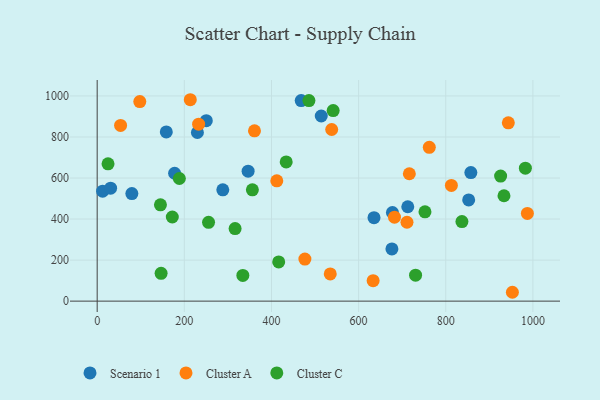
{"axis": {"x": "Engine Size", "y": "Salary"}, "legend": ["Cluster A", "Cluster C", "Scenario 1"], "data": [{"x": "346.4", "y": 633.5, "type": "Scenario 1"}, {"x": "250.4", "y": 879.4, "type": "Scenario 1"}, {"x": "79.6", "y": 524.2, "type": "Scenario 1"}, {"x": "857.6", "y": 626.4, "type": "Scenario 1"}, {"x": "12.5", "y": 536.0, "type": "Scenario 1"}, {"x": "677.6", "y": 432.1, "type": "Scenario 1"}, {"x": "177.7", "y": 623.2, "type": "Scenario 1"}, {"x": "230.0", "y": 821.9, "type": "Scenario 1"}, {"x": "514.3", "y": 902.4, "type": "Scenario 1"}, {"x": "676.4", "y": 254.7, "type": "Scenario 1"}, {"x": "852.6", "y": 493.1, "type": "Scenario 1"}, {"x": "635.3", "y": 406.9, "type": "Scenario 1"}, {"x": "712.8", "y": 460.1, "type": "Scenario 1"}, {"x": "30.8", "y": 550.7, "type": "Scenario 1"}, {"x": "158.6", "y": 824.8, "type": "Scenario 1"}, {"x": "468.2", "y": 977.6, "type": "Scenario 1"}, {"x": "288.3", "y": 542.3, "type": "Scenario 1"}, {"x": "476.7", "y": 205.2, "type": "Cluster A"}, {"x": "534.9", "y": 132.8, "type": "Cluster A"}, {"x": "716.4", "y": 620.8, "type": "Cluster A"}, {"x": "97.8", "y": 972.5, "type": "Cluster A"}, {"x": "762.2", "y": 749.8, "type": "Cluster A"}, {"x": "53.7", "y": 856.2, "type": "Cluster A"}, {"x": "812.9", "y": 563.9, "type": "Cluster A"}, {"x": "987.3", "y": 427.7, "type": "Cluster A"}, {"x": "361.0", "y": 830.1, "type": "Cluster A"}, {"x": "711.0", "y": 384.5, "type": "Cluster A"}, {"x": "952.9", "y": 43.2, "type": "Cluster A"}, {"x": "412.2", "y": 586.4, "type": "Cluster A"}, {"x": "213.7", "y": 981.6, "type": "Cluster A"}, {"x": "943.6", "y": 868.8, "type": "Cluster A"}, {"x": "538.2", "y": 836.6, "type": "Cluster A"}, {"x": "633.3", "y": 99.8, "type": "Cluster A"}, {"x": "682.3", "y": 409.2, "type": "Cluster A"}, {"x": "232.8", "y": 862.3, "type": "Cluster A"}, {"x": "255.6", "y": 384.0, "type": "Cluster C"}, {"x": "356.2", "y": 542.6, "type": "Cluster C"}, {"x": "752.3", "y": 435.1, "type": "Cluster C"}, {"x": "925.9", "y": 609.3, "type": "Cluster C"}, {"x": "730.7", "y": 126.6, "type": "Cluster C"}, {"x": "172.4", "y": 410.0, "type": "Cluster C"}, {"x": "982.7", "y": 648.1, "type": "Cluster C"}, {"x": "24.9", "y": 669.3, "type": "Cluster C"}, {"x": "334.3", "y": 125.2, "type": "Cluster C"}, {"x": "933.6", "y": 513.6, "type": "Cluster C"}, {"x": "433.8", "y": 678.6, "type": "Cluster C"}, {"x": "416.6", "y": 191.1, "type": "Cluster C"}, {"x": "316.5", "y": 353.5, "type": "Cluster C"}, {"x": "837.1", "y": 387.9, "type": "Cluster C"}, {"x": "145.2", "y": 469.6, "type": "Cluster C"}, {"x": "541.6", "y": 928.8, "type": "Cluster C"}, {"x": "486.0", "y": 977.3, "type": "Cluster C"}, {"x": "146.7", "y": 135.4, "type": "Cluster C"}, {"x": "188.6", "y": 597.7, "type": "Cluster C"}]}